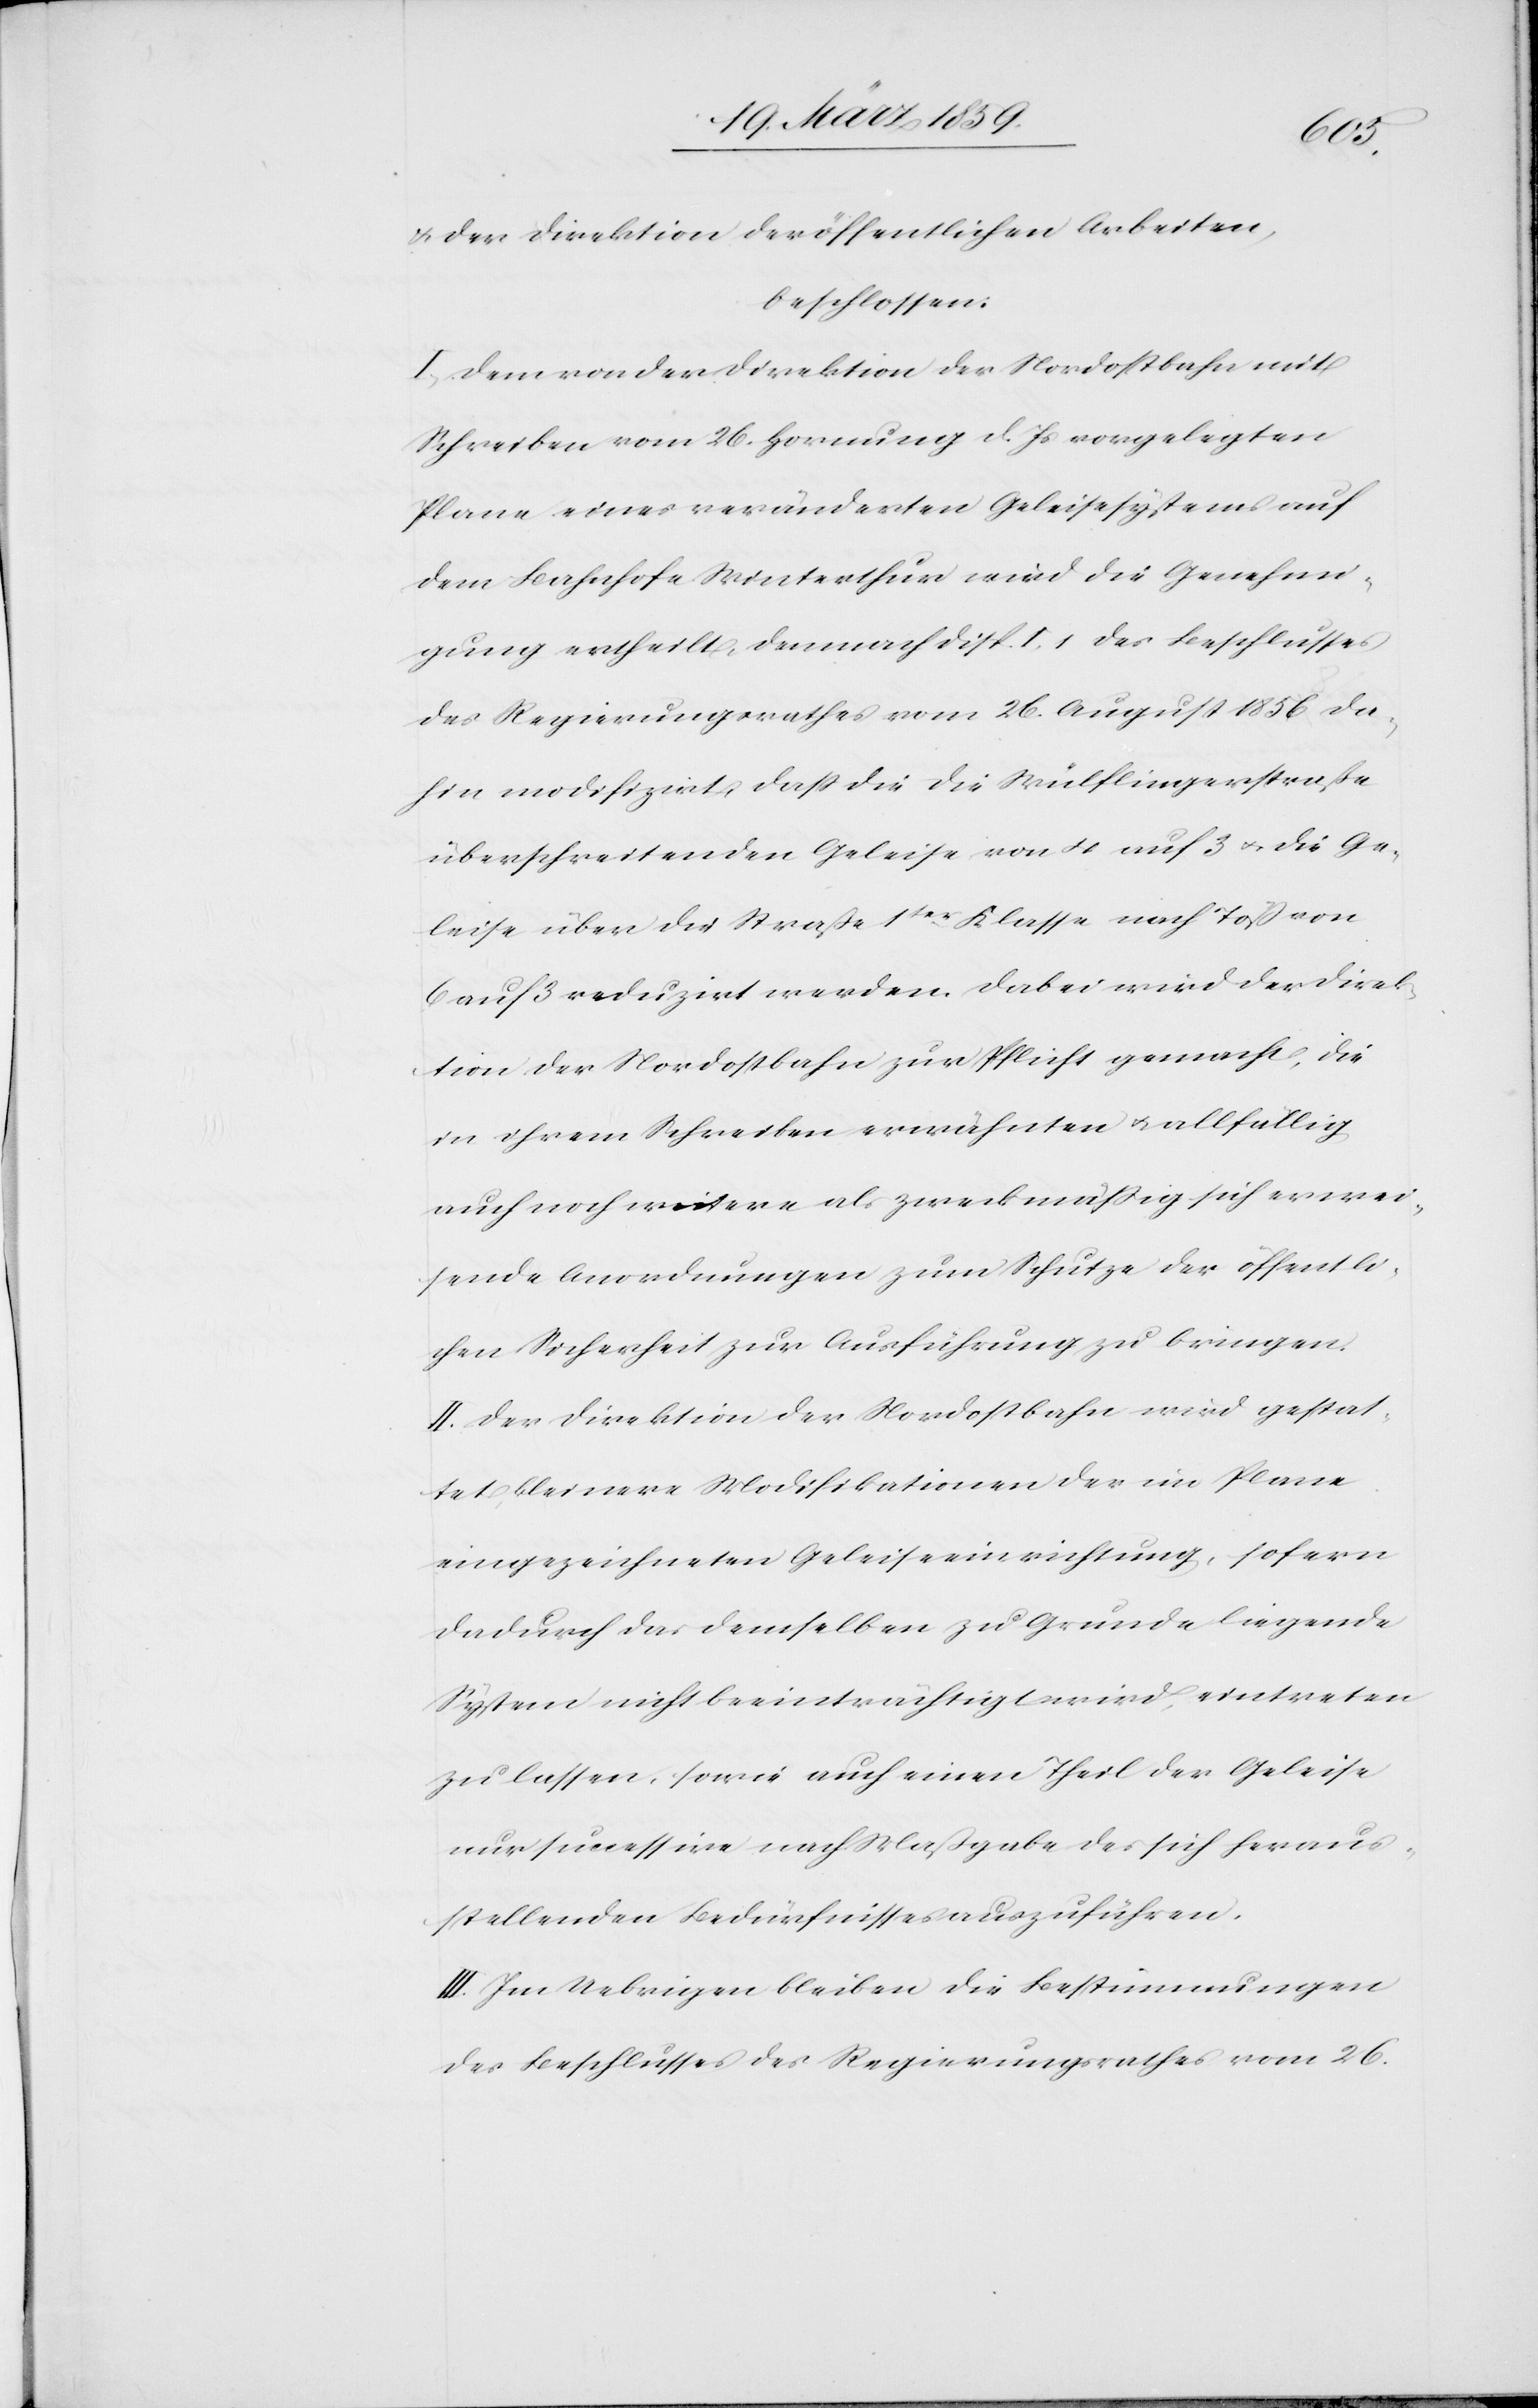
& der Direktion der öffentlichen Arbeiten,
beschlossen:
I. Dem von der Direktion der Nordostbahn mit
Schreiben vom 26. Hornung d. Js vorgelegten
Plane eines veränderten Geleisesystems auf
dem Bahnhofe Winterthur wird die Genehmi¬
gung ertheilt, demnach Disp. I. 1 des Beschlusses
des Regierungsrathes vom 26. August 1856 da¬
hin modifizirt, daß die die Wülflingerstraße
überschreitenden Geleise von 4 auf 3 u. die Ge¬
leise über die Straße 1ter Klasse nach Töß von
6 auf 3 reduzirt werden. Dabei wird der Direk¬
tion der Nordostbahn zur Pflicht gemacht, die
in ihrem Schreiben erwähnten u. allfällig
auch noch weitere als zweckmäßig sich erwei¬
sende Anordnung zum Schutze der öffentli¬
chen Sicherheit zur Ausführung zu bringen.
II. Der Direktion der Nordostbahn wird gestat¬
tet, kleinere Modifikationen der im Plane
eingezeichneten Geleiseeinrichtung, sofern
dadurch das demselben zu Grunde liegende
System nicht beeinträchtigt wird, eintreten
zu lassen, sowie auch einen Theil der Geleise
nur successive nach Maßgabe des sich heraus¬
stellenden Bedürfnisses auszuführen.
III. Im Uebrigen bleiben die Bestimmungen
des Beschlusses des Regierungsrathes vom 26.